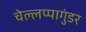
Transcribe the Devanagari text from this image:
चेल्लप्पागुंडर